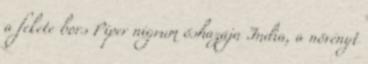
a fekete bors Piper nigrum őshazája India, a növényt